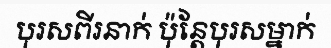
បុរសពីរនាក់ ប៉ុន្តែបុរសម្នាក់